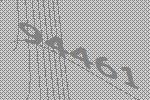
94461